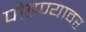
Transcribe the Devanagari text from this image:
पोहण्यावर